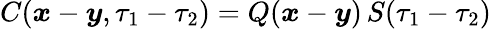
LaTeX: C(\boldsymbol{x}-\boldsymbol{y},\tau_{1}-\tau_{2})=Q(\boldsymbol{x}-\boldsymbol{y})\, S(\tau_{1}-\tau_{2})